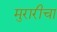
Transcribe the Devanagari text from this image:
मुरारीचा